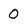
Character: O